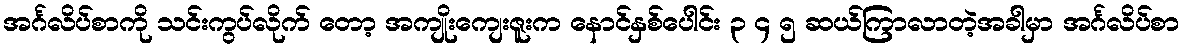
အင်္ဂလိပ်စာကို သင်းကွပ်လိုက် တော့ အကျိုးကျေးဇူးက နောင်နှစ်ပေါင်း ၃ ၄ ၅ ဆယ်ကြာလာတဲ့အခါမှာ အင်္ဂလိပ်စာ